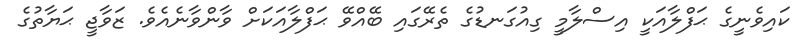
ކައިވެނީގެ ޙަފްލާއަކީ އިސްލާމީ ގިއުގަނޑުގެ ތެރޭގައި ބޭއްވޭ ޙަފްލާއަކަށް ވާންވާނެއެވެ. ޒަވާޖީ ޙަޔާތުގެ